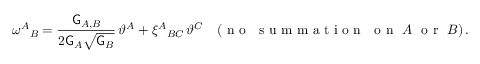
\omega ^ { A } { } _ { B } = \frac { \mathsf { G } _ { A , B } } { 2 \mathsf { G } _ { A } \sqrt { \mathsf { G } _ { B } } } \, \vartheta ^ { A } + \xi ^ { A } { } _ { B C } \, \vartheta ^ { C } \quad ( \mathrm { ~ n ~ o ~ ~ ~ s ~ u ~ m ~ m ~ a ~ t ~ i ~ o ~ n ~ ~ ~ o ~ n ~ } ~ A ~ \mathrm { ~ o ~ r ~ } ~ B ) \, .